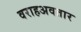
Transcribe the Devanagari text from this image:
वराहअवतार